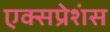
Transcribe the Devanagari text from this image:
एक्सप्रेशंस